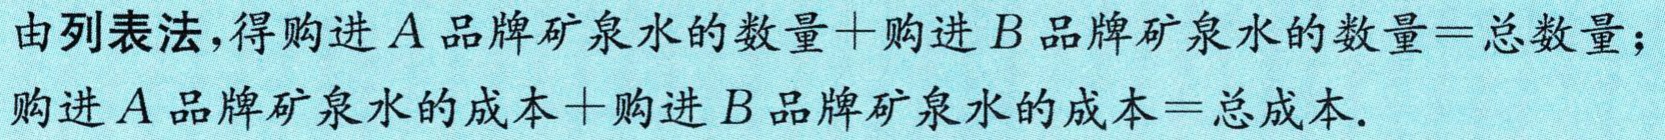
由列表法,得购进\(A\)品牌矿泉水的数量+购进\(B\)品牌矿泉水的数量=总数量；

购进\(A\)品牌矿泉水的成本+购进\(B\)品牌矿泉水的成本=总成本.